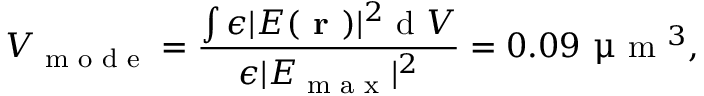
V _ { \textrm { m o d e } } = \frac { \int \epsilon | E ( \textbf { r } ) | ^ { 2 } \textrm { d } V } { \epsilon | E _ { \textrm { m a x } } | ^ { 2 } } = 0 . 0 9 ~ \upmu \textrm { m } ^ { 3 } ,